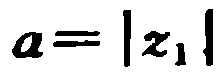
\(a = |z_1|\)